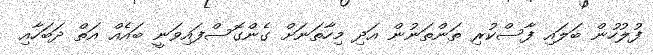
ފުލުހުން ބަލައި ފާސްކުރި ތަންތަނުން އަދި މިހާތަނަށް ގެންގޮސްފައިވަނީ ބައެއް އަތް ދަބަހާއި